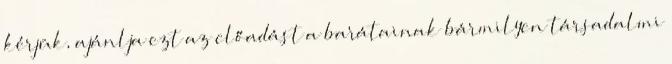
kérjük, ajánlja ezt az előadást a barátainak bármilyen társadalmi